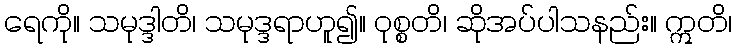
ရေကို။ သမုဒ္ဒါတိ၊ သမုဒ္ဒရာဟူ၍။ ဝုစ္စတိ၊ ဆိုအပ်ပါသနည်း။ ဣတိ၊